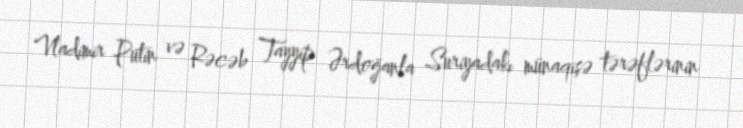
Vladimir Putin və Rəcəb Tayyip Ərdoğanla Suriyadakı münaqişə tərəflərinin